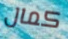
كمال